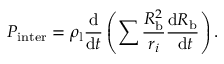
P _ { \mathrm { i n t e r } } = \rho _ { \mathrm { l } } \frac { \mathrm { d } } { \mathrm { d } t } \left( \sum \frac { R _ { \mathrm { b } } ^ { 2 } } { r _ { i } } \frac { \mathrm { d } R _ { \mathrm { b } } } { \mathrm { ~ d } t } \right) .